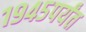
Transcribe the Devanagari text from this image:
१९४५पर्यंत